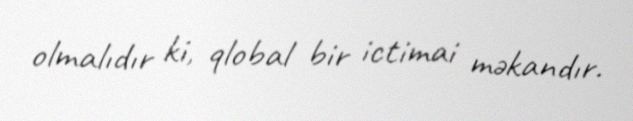
olmalıdır ki, qlobal bir ictimai məkandır.